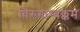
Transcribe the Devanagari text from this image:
विरुगाम्बक्कम